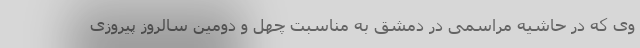
وی که در حاشیه مراسمی در دمشق به مناسبت چهل و دومین سالروز پیروزی